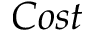
C o s t